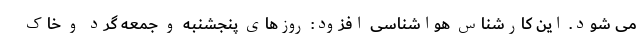
می شود. این کارشناس هواشناسی افزود: روزهای پنجشنبه و جمعه گرد و خاک